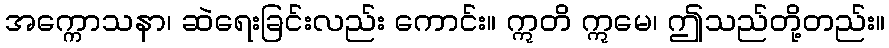
အက္ကောသနာ၊ ဆဲရေးခြင်းလည်း ကောင်း။ ဣတိ ဣမေ၊ ဤသည်တို့တည်း။